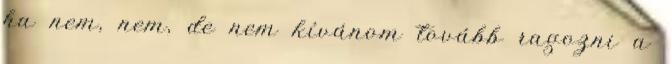
ha nem, nem, de nem kívánom tovább ragozni a